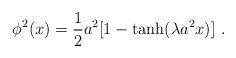
LaTeX: \begin{align*}\phi^2(x) = \frac{1}{2}a^2[1-\tanh(\lambda a^2 x)] ~.\end{align*}